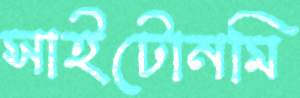
সাইটোনমি